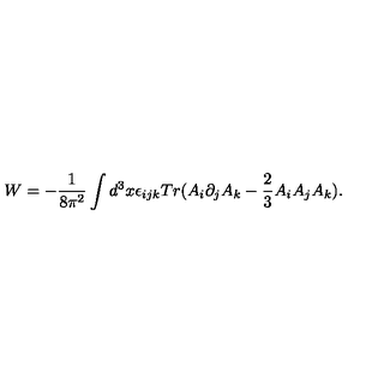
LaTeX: W = - \frac { 1 } { 8 \pi ^ { 2 } } \int d ^ { 3 } x \epsilon _ { i j k } T r ( A _ { i } \partial _ { j } A _ { k } - \frac { 2 } { 3 } A _ { i } A _ { j } A _ { k } ) .